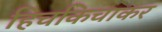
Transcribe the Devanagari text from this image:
हिचकिचाकर